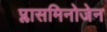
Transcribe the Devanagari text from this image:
प्लासमिनोजेन